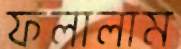
ফলালাম